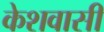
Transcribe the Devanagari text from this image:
केशवासी